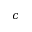
c